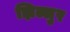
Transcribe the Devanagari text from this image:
झिल्लुर